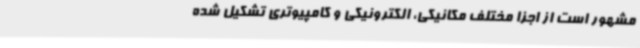
مشهور است از اجزا مختلف مکانیکی، الکترونیکی و کامپیوتری تشکیل شده